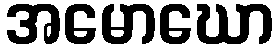
အမောဃော